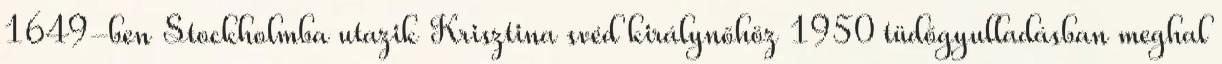
1649-ben Stockholmba utazik Krisztina svéd királynőhöz 1950 tüdőgyulladásban meghal